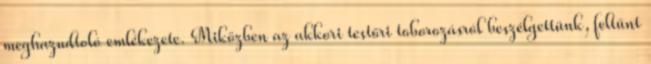
meghazudtoló emlékezete. Miközben az akkori testőri toborozásról beszélgettünk, feltűnt